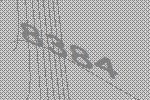
8384